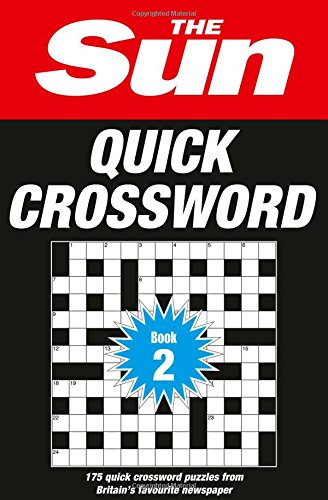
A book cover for The Sun Quick Crossword Book 2; The Sun; Crafts, Hobbies & Home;